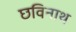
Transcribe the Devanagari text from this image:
छविनाथ